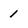
Character: 1